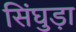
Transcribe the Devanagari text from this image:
सिंघुड़ा